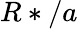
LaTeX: R*/a